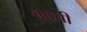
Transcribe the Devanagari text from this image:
बद्रची